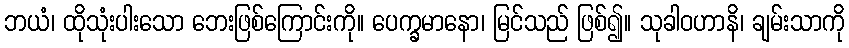
ဘယံ၊ ထိုသုံးပါးသော ဘေးဖြစ်ကြောင်းကို။ ပေက္ခမာနော၊ မြင်သည် ဖြစ်၍။ သုခါဝဟာနိ၊ ချမ်းသာကို